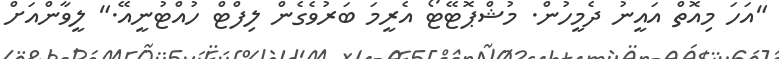
"އަހަ މިއޮތް އައީނު ދެމީހުން. މުޝްޕޮޓޭޓޯ އެރީމަ ބަރުވެގެން ލިފްޓް ހުއްޓުނީއޭ." ލީވާންއަށް